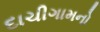
દાચીગામનો